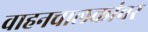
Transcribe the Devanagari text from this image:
वाहनचालकांवर